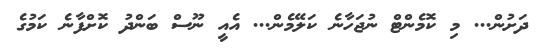
ދަށުން... މި ކޮމެންޓް ނުޖަހާނެ ކަލޭމެން... އެއީ ނޫސް ބަންދު ކޮށްފާނެ ކަމުގެ